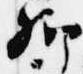
卿